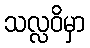
သလ္လဝိမှာ